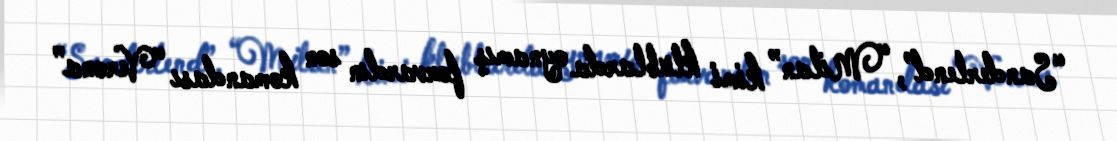
“Sanderlend”, “Milan” kimi klublarda oynamış forvardın son komandası “Verona”